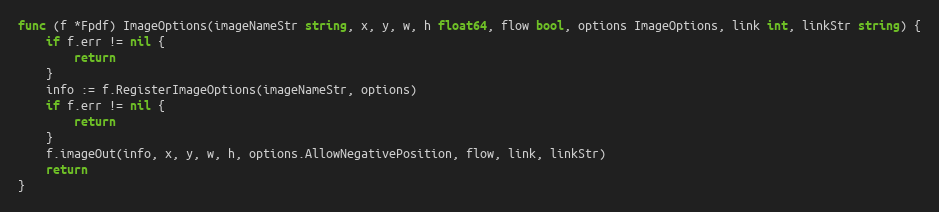
Language: Go
func (f *Fpdf) ImageOptions(imageNameStr string, x, y, w, h float64, flow bool, options ImageOptions, link int, linkStr string) {
	if f.err != nil {
		return
	}
	info := f.RegisterImageOptions(imageNameStr, options)
	if f.err != nil {
		return
	}
	f.imageOut(info, x, y, w, h, options.AllowNegativePosition, flow, link, linkStr)
	return
}